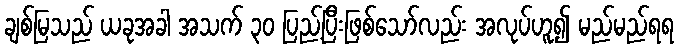
ချစ်မြသည် ယခုအခါ အသက် ၃၀ ပြည့်ပြီးဖြစ်သော်လည်း အလုပ်ဟူ၍ မည်မည်ရရ